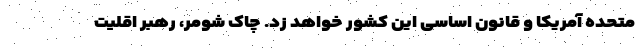
متحده آمریکا و قانون اساسی این کشور خواهد زد. چاک شومر، رهبر اقلیت